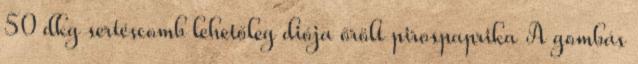
50 dkg sertéscomb lehetőleg diója őrölt pirospaprika A gombás